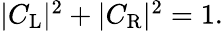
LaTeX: \begin{array}{r}{|C_{\mathrm{L}}|^{2}+|C_{\mathrm{R}}|^{2}=1.}\end{array}